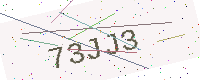
Text: 73JJ3